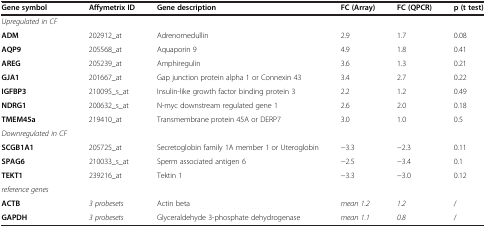
<table><thead><tr><td><b>Gene symbol</b></td><td><b>Affymetrix ID</b></td><td><b>Gene description</b></td><td><b>FC (Array)</b></td><td><b>FC (QPCR)</b></td><td><b>p (t test)</b></td></tr></thead><tbody><tr><td><i>Upregulated in CF</i></td><td> </td><td> </td><td> </td><td> </td><td> </td></tr><tr><td><b>ADM</b></td><td>202912_at</td><td>Adrenomedullin</td><td>2.9</td><td>1.7</td><td>0.08</td></tr><tr><td><b>AQP9</b></td><td>205568_at</td><td>Aquaporin 9</td><td>4.9</td><td>1.8</td><td>0.41</td></tr><tr><td><b>AREG</b></td><td>205239_at</td><td>Amphiregulin</td><td>3.6</td><td>1.3</td><td>0.21</td></tr><tr><td><b>GJA1</b></td><td>201667_at</td><td>Gap junction protein alpha 1 or Connexin 43</td><td>3.4</td><td>2.7</td><td>0.22</td></tr><tr><td><b>IGFBP3</b></td><td>210095_s_at</td><td>Insulin-like growth factor binding protein 3</td><td>2.2</td><td>1.2</td><td>0.49</td></tr><tr><td><b>NDRG1</b></td><td>200632_s_at</td><td>N-myc downstream regulated gene 1</td><td>2.6</td><td>2.0</td><td>0.18</td></tr><tr><td><b>TMEM45a</b></td><td>219410_at</td><td>Transmembrane protein 45A or DERP7</td><td>3.0</td><td>1.0</td><td>0.5</td></tr><tr><td><i>Downregulated in CF</i></td><td> </td><td> </td><td> </td><td> </td><td> </td></tr><tr><td><b>SCGB1A1</b></td><td>205725_at</td><td>Secretoglobin family 1A member 1 or Uteroglobin</td><td>−3.3</td><td>−2.3</td><td>0.11</td></tr><tr><td><b>SPAG6</b></td><td>210033_s_at</td><td>Sperm associated antigen 6</td><td>−2.5</td><td>−3.4</td><td>0.1</td></tr><tr><td><b>TEKT1</b></td><td>239216_at</td><td>Tektin 1</td><td>−3.3</td><td>−3.0</td><td>0.12</td></tr><tr><td><i>reference genes</i></td><td> </td><td> </td><td> </td><td> </td><td> </td></tr><tr><td><b>ACTB</b></td><td><i>3 probesets</i></td><td>Actin beta</td><td><i>mean 1.2</i></td><td><i>1.2</i></td><td>/</td></tr><tr><td><b>GAPDH</b></td><td><i>3 probesets</i></td><td>Glyceraldehyde 3-phosphate dehydrogenase</td><td><i>mean 1.1</i></td><td><i>0.8</i></td><td>/</td></tr></tbody></table>